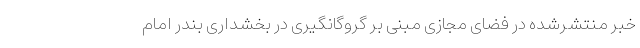
خبر منتشرشده در فضای مجازی مبنی بر گروگانگیری در بخشداری بندر امام